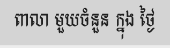
ពាលា មួយចំនួន ក្នុង ថ្ងៃ